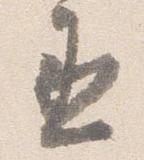
丞